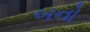
બનો